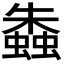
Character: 𧑤